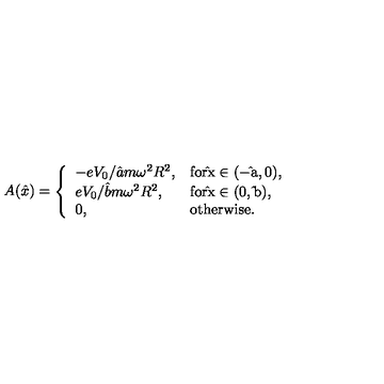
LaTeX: A ( \hat { x } ) = \left\{ \begin{array} { l l } { - { e V _ { 0 } / \hat { a } m \omega ^ { 2 } R ^ { 2 } } , } & { \mathrm { f o r \hat { } x \in ( - \hat { } a , 0 ) } , } \\ { { e V _ { 0 } / \hat { b } m \omega ^ { 2 } R ^ { 2 } } , } & { \mathrm { f o r \hat { } x \in ( 0 , \hat { } b ) } , } \\ { 0 , } & { \mathrm { o t h e r w i s e } . } \\ \end{array} \right.